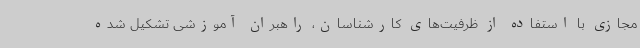
مجازی با استفاده از ظرفیت‌های کارشناسان، راهبران آموزشی تشکیل شده